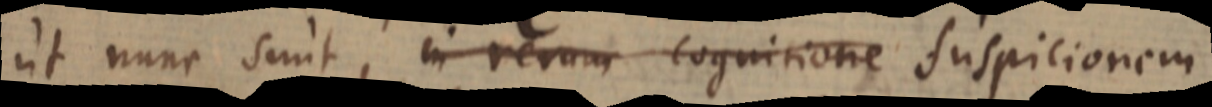
ut nunc sunt, in rerum cognitione